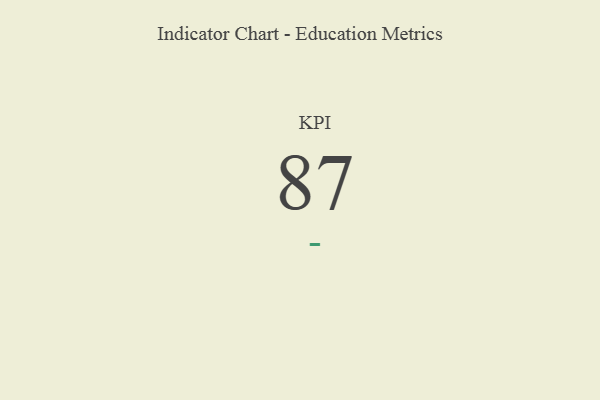
{"axis": {"x": "KPI", "y": "Value"}, "legend": [""], "data": [{"x": "KPI", "y": 87, "type": ""}]}